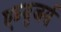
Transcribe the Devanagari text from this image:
एब्युजर्स